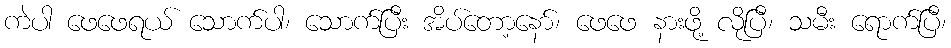
ကဲပါ ဖေဖေရယ် သောက်ပါ၊ သောက်ပြီး အိပ်တော့နော်၊ ဖေဖေ နားဖို့ လိုပြီ၊ သမီး ရောက်ပြီ၊